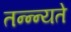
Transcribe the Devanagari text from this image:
तन्न्न्यते